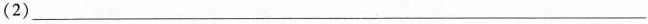
(2)___